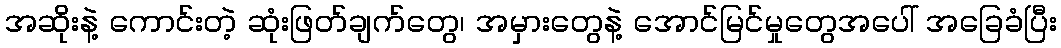
အဆိုးနဲ့ ကောင်းတဲ့ ဆုံးဖြတ်ချက်တွေ၊ အမှားတွေနဲ့ အောင်မြင်မှုတွေအပေါ် အခြေခံပြီး